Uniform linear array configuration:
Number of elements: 12
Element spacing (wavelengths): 0.75
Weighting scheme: uniform
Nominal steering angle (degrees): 60
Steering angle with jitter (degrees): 60.146
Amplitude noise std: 0.05
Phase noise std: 0.05

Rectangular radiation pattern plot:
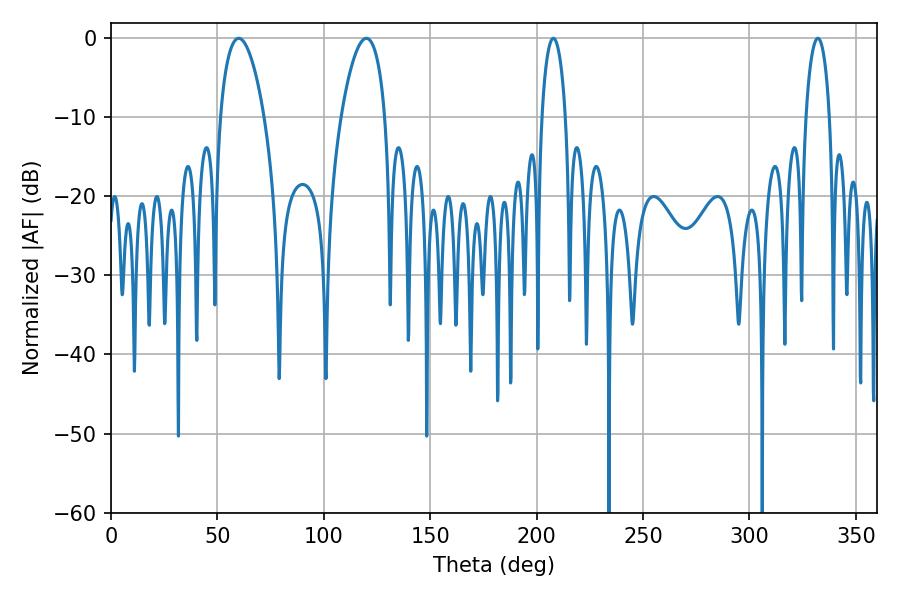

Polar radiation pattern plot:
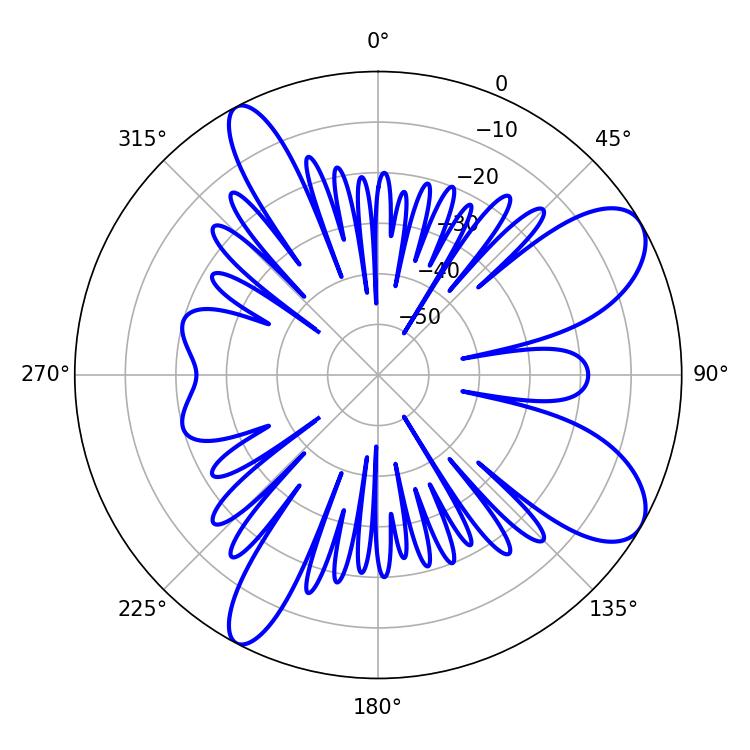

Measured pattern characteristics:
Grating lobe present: TRUE
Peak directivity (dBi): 8.883
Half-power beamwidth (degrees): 11.7
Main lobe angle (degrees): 59.94